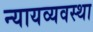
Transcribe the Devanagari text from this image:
न्‍यायव्‍यवस्‍था